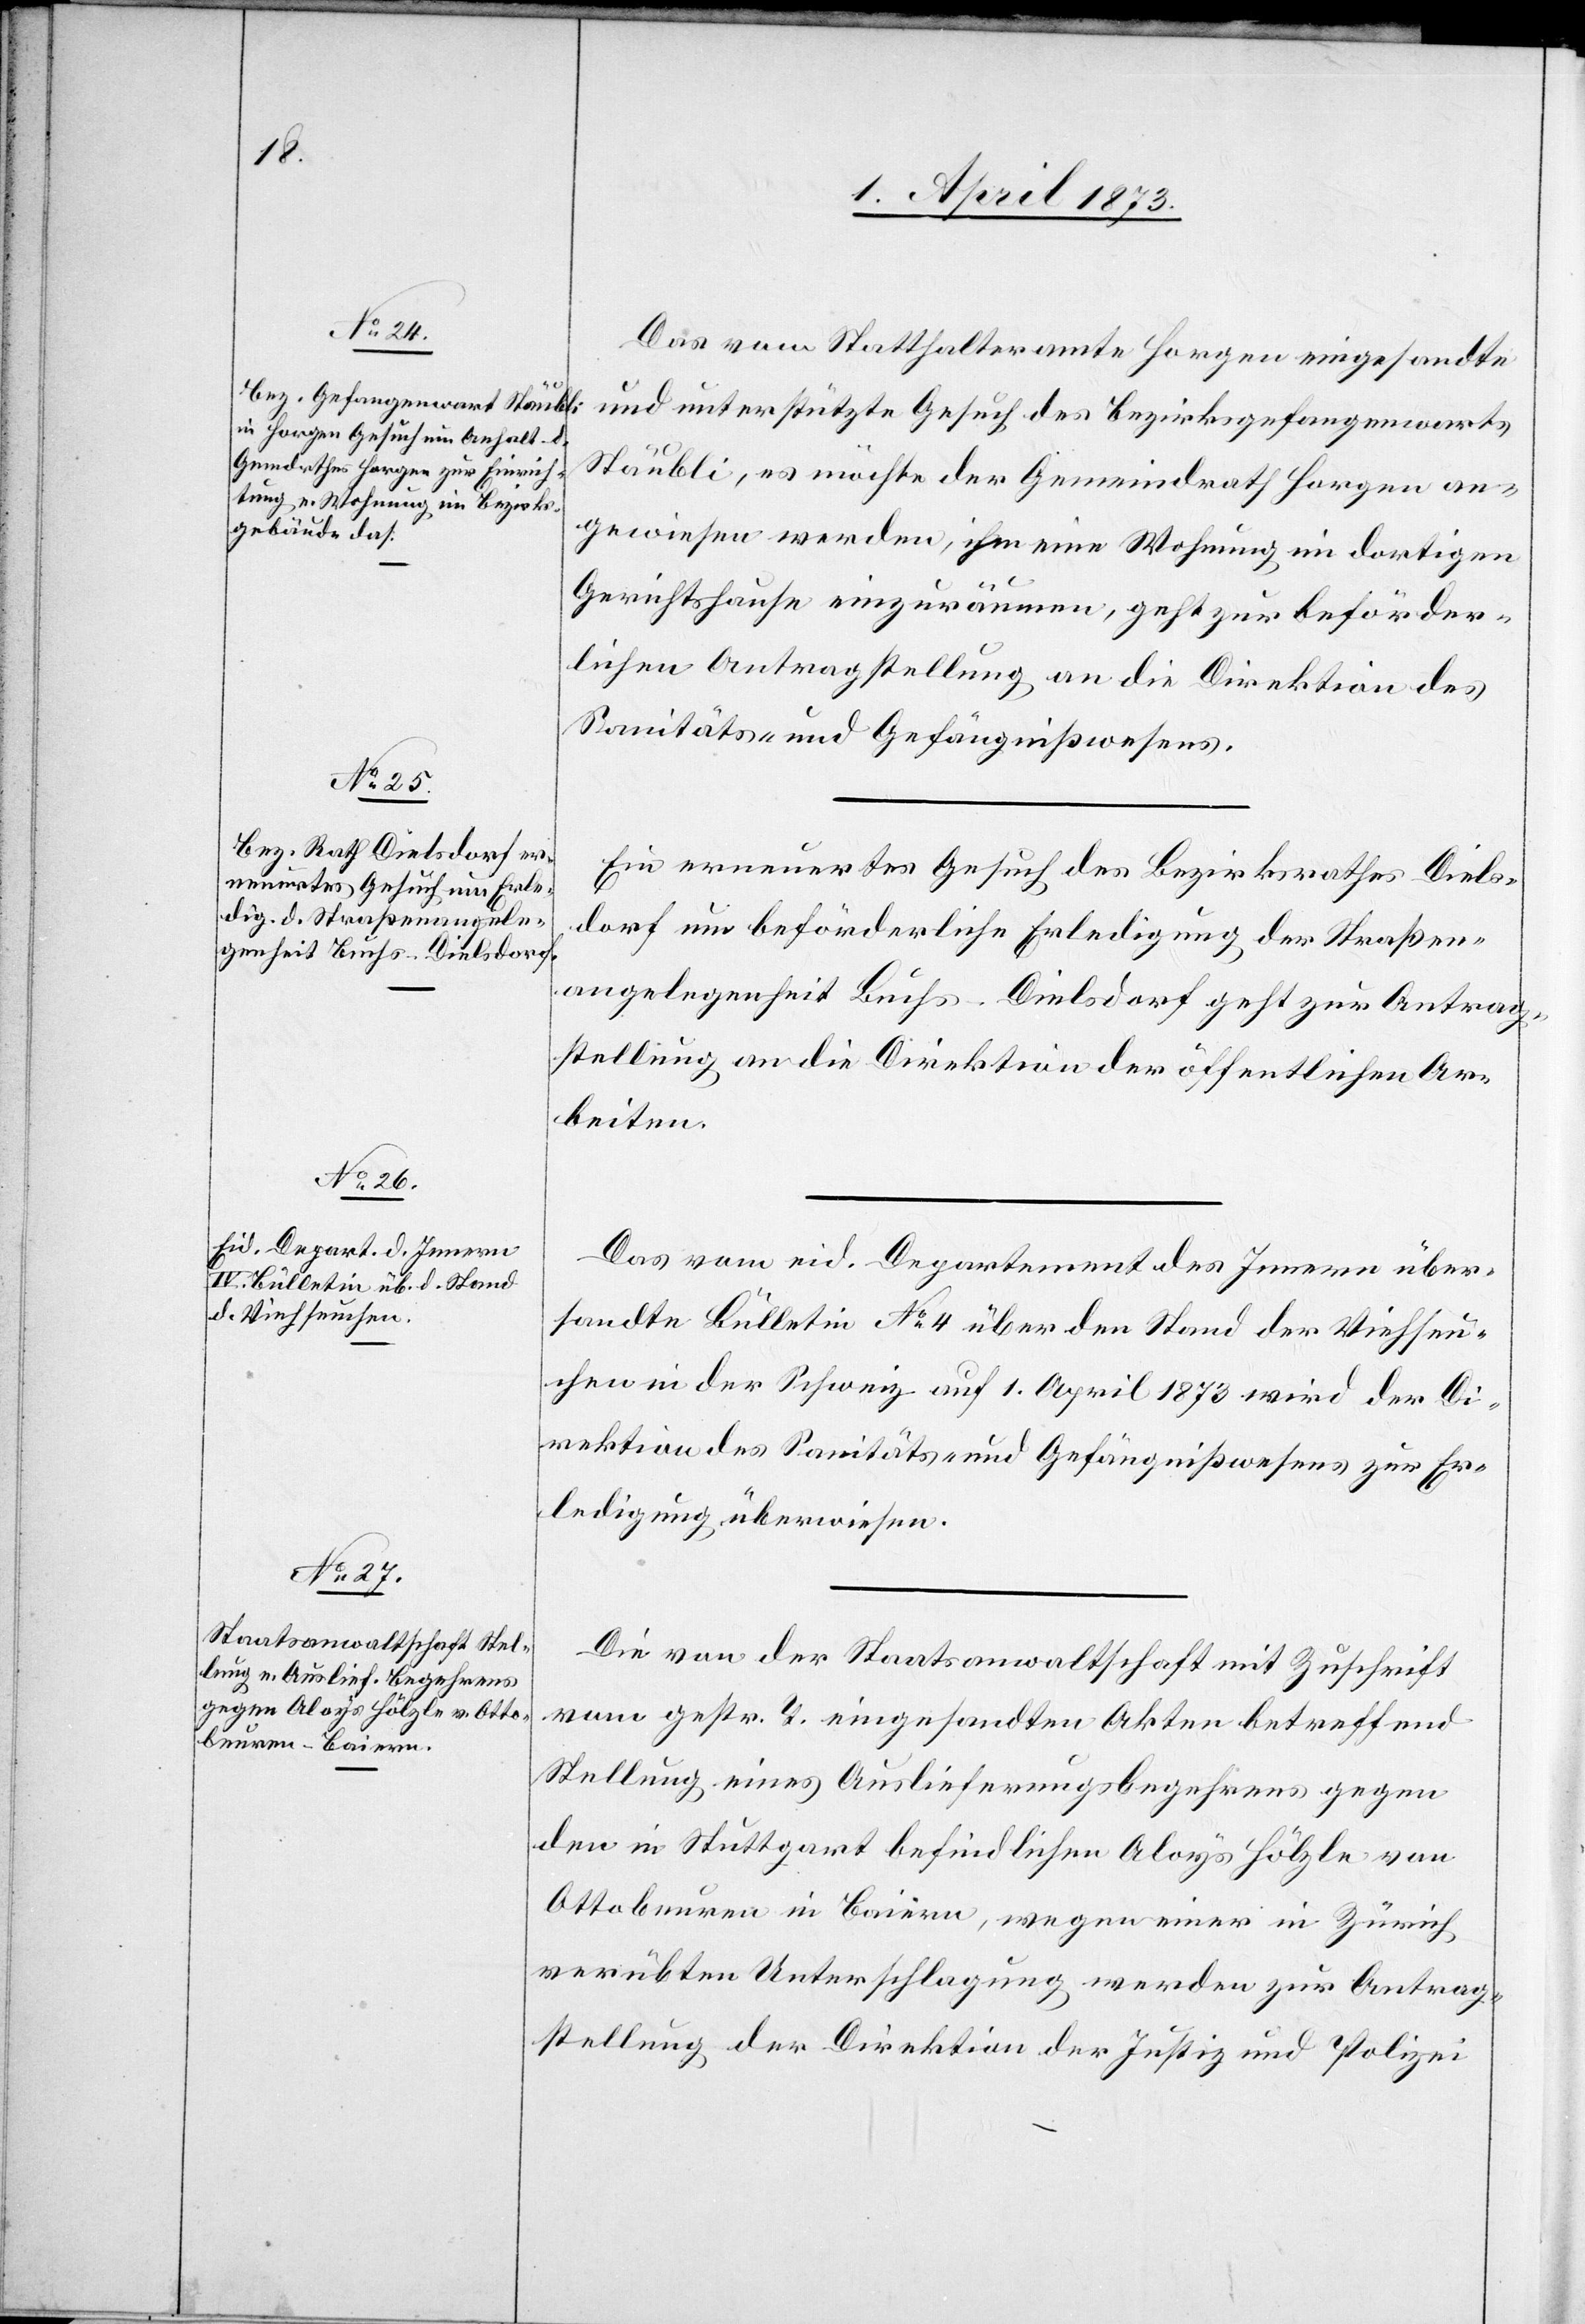
4. April 1873.]
Das vom Statthalteramte Horgen eingesandte
und unterstützte Gesuch des Bezirksgefangenwarts
Stäubli, es möchte der Gemeindrath Horgen an¬
gewiesen werden, ihm eine Wohnung im dortigen
Gerichtshause einzuräumen, geht zur beförder¬
lichen Antragstellung an die Direktion des
Sanitäts- und Gefängnißwesens.
Ein erneuertes Gesuch des Bezirksrathes Diels¬
dorf um beförderliche Erledigung der Straßen¬
angelegenheit Buchs–Dielsdorf geht zur Antrag¬
stellung an die Direktion der öffentlichen Ar¬
beiten.
Das vom eid. Departement des Innern über¬
sandte Bülletin No 4 über den Stand der Viehseu¬
chen in der Schweiz auf 1. April 1873 wird der Di¬
rektion des Sanitäts- und Gefängnißwesens zur Er¬
ledigung überwiesen.
Die von der Staatsanwaltschaft mit Zuschrift
vom gestr. T. eingesandten Akten betreffend
Stellung eines Auslieferungsbegehrens gegen
den in Stuttgart befindlichen Aloys Hölzle von
Ottobeuren in Baiern, wegen einer in Zürich
verübten Unterschlagung werden zur Antrag¬
stellung der Direktion der Justiz und Polizei